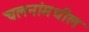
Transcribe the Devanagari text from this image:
चलनांमधील